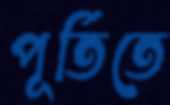
পূর্তিতে